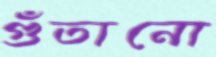
গুঁতানো